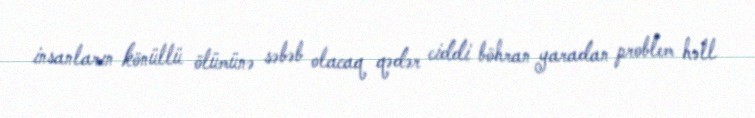
insanların könüllü ölümünə səbəb olacaq qədər ciddi böhran yaradan problem həll